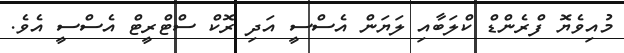
މުއިވެޔޮ ފްރެންޑް ކްލަބާއި ލަޔަން އެސްސީ އަދި ރޮކް ސްޓްރީޓް އެސްސީ އެވެ.